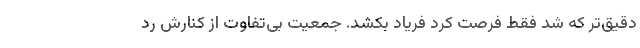
دقیق‌تر که شد فقط فرصت کرد فریاد بکشد. جمعیت بی‌تفاوت از کنارش رد